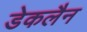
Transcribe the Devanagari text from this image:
डेकलैन